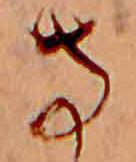
寺